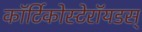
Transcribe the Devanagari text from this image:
कॉर्टिकोस्टेरॉयडस्